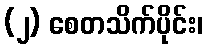
(၂) စေတသိက်ပိုင်း၊